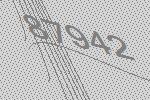
87942